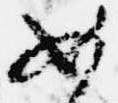
如